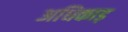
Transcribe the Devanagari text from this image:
अधिकाड़